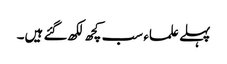
پہلے علماء سب کچھ لکھ گئے ہیں۔